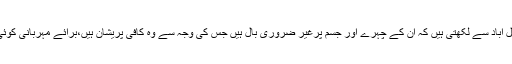
عنبرین رشید،فیصل آباد سے لکھتی ہیں کہ اُن کے چہرے اور جسم پرغیر ضروری بال ہیں جس کی وجہ سے وہ کافی پریشان ہیں،برائے مہربانی کوئی دوا تجویز کریں۔